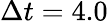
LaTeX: \Delta t=4.0